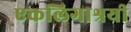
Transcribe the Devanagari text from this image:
एकलिगाश्रयी